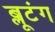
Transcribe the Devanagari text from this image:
ब्लूटंग